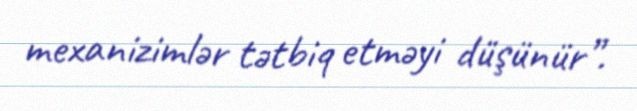
mexanizimlər tətbiq etməyi düşünür”.